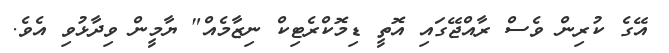
އޭގެ ކުރިން ވެސް ރާއްޖޭގައި އޮތީ ޑިމޮކްރެޓިކް ނިޒާމެއް" ޔާމީން ވިދާޅުވި އެވެ.